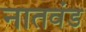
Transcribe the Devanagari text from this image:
नातवंड